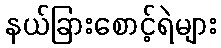
နယ်ခြားစောင့်ရဲများ